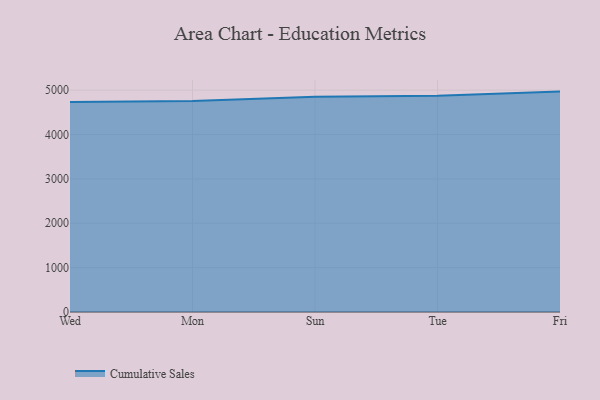
{"axis": {"x": "Day", "y": "Bounce Rate (%)"}, "legend": ["Cumulative Sales"], "data": [{"x": "Wed", "y": 4732.8, "type": "Cumulative Sales"}, {"x": "Mon", "y": 4754.1, "type": "Cumulative Sales"}, {"x": "Sun", "y": 4848.2, "type": "Cumulative Sales"}, {"x": "Tue", "y": 4870.5, "type": "Cumulative Sales"}, {"x": "Fri", "y": 4966.3, "type": "Cumulative Sales"}]}